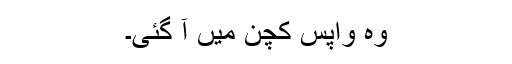
وہ واپس کچن میں آ گئی۔